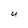
Character: U